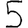
Digit: 5